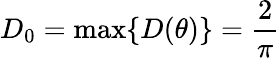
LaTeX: D_{0}=\operatorname*{max}\{ D(\theta)\} =\frac{2}{\pi}